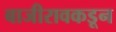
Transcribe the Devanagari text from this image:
बाजीरावकडून